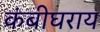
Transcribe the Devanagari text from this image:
कंबीघराय